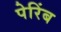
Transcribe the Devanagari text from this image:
पेरिंब